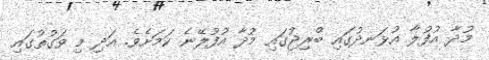
މުދާ އުފުލާ އުޅަނދުގައި ބްރިޖުގައި މުދާ އުފުލޭނެ ކަމަށެވެ. އަދި މި ވަގުތުގައި